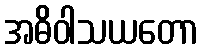
အဓိဝါသယတော